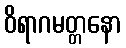
ဝိရာဂမတ္တနော